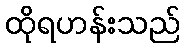
ထိုရဟန်းသည်